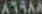
A15AA